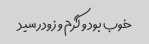
خوب بود و گرم و زود رسید